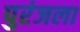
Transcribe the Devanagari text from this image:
पुरंजला